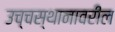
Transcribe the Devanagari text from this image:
उच्चस्थानावरील